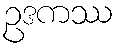
ဥဒကဿ